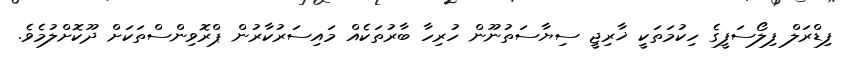
ފިޑްރަލް ފިލޯސަފީގެ ހިކުމަތަކީ ޚާރިޖީ ސިޔާސަތުނޫން ހުރިހާ ބާރުތަކެއް މައިސަރުކާރުން ޕްރޮވިންސްތަކަށް ދޫކޮށްލުމެވެ.